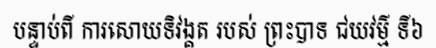
បន្ទាប់ពី ការសោយទិវង្គត របស់ ព្រះបាទ ជយវម៌្ម ទី៦